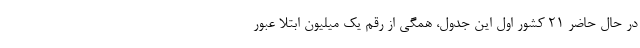
در حال حاضر ۲۱ کشور اول این جدول، همگی از رقم یک میلیون ابتلا عبور